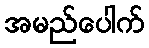
အမည်ပေါက်